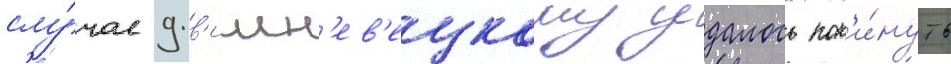
слу́чае д.в'ишн'ев'ецкому удалось пок'и́нуть